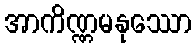
အာကိဏ္ဏမနုဿော